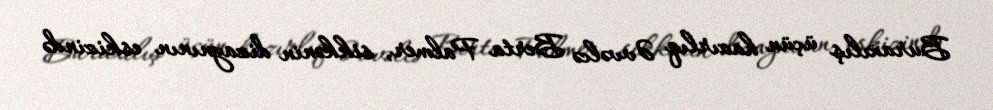
Buraxılış üçün hazırlıq Əvvəlcə Berta Palmer, sikkənin dizaynının eskizində